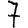
Digit: 7